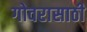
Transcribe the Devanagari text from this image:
गोवरासाठी